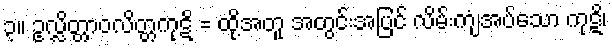
၃။ ဥလ္လိတ္တာဝလိတ္တကုဋိ = ထို့အတူ အတွင်းအပြင် လိမ်းကျံအပ်သော ကုဋိ၊